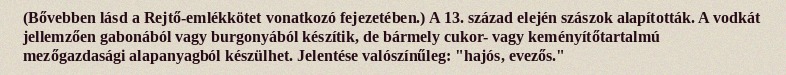
(Bővebben lásd a Rejtő-emlékkötet vonatkozó fejezetében.) A 13. század elején szászok alapították. A vodkát jellemzően gabonából vagy burgonyából készítik, de bármely cukor- vagy keményítőtartalmú mezőgazdasági alapanyagból készülhet. Jelentése valószínűleg: "hajós, evezős."